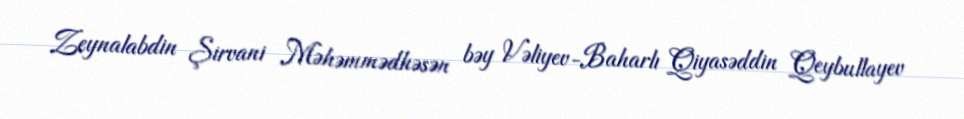
Zeynalabdin Şirvani Məhəmmədhəsən bəy Vəliyev-Baharlı Qiyasəddin Qeybullayev